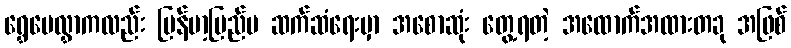
ရွှေပေလွှာကလည်း မြန်မာ့ပြည်ပ ဆက်ဆံရေးမှာ အစောဆုံး တွေ့ရတဲ့ အထောက်အထားတခု အဖြစ်